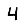
Digit: 4